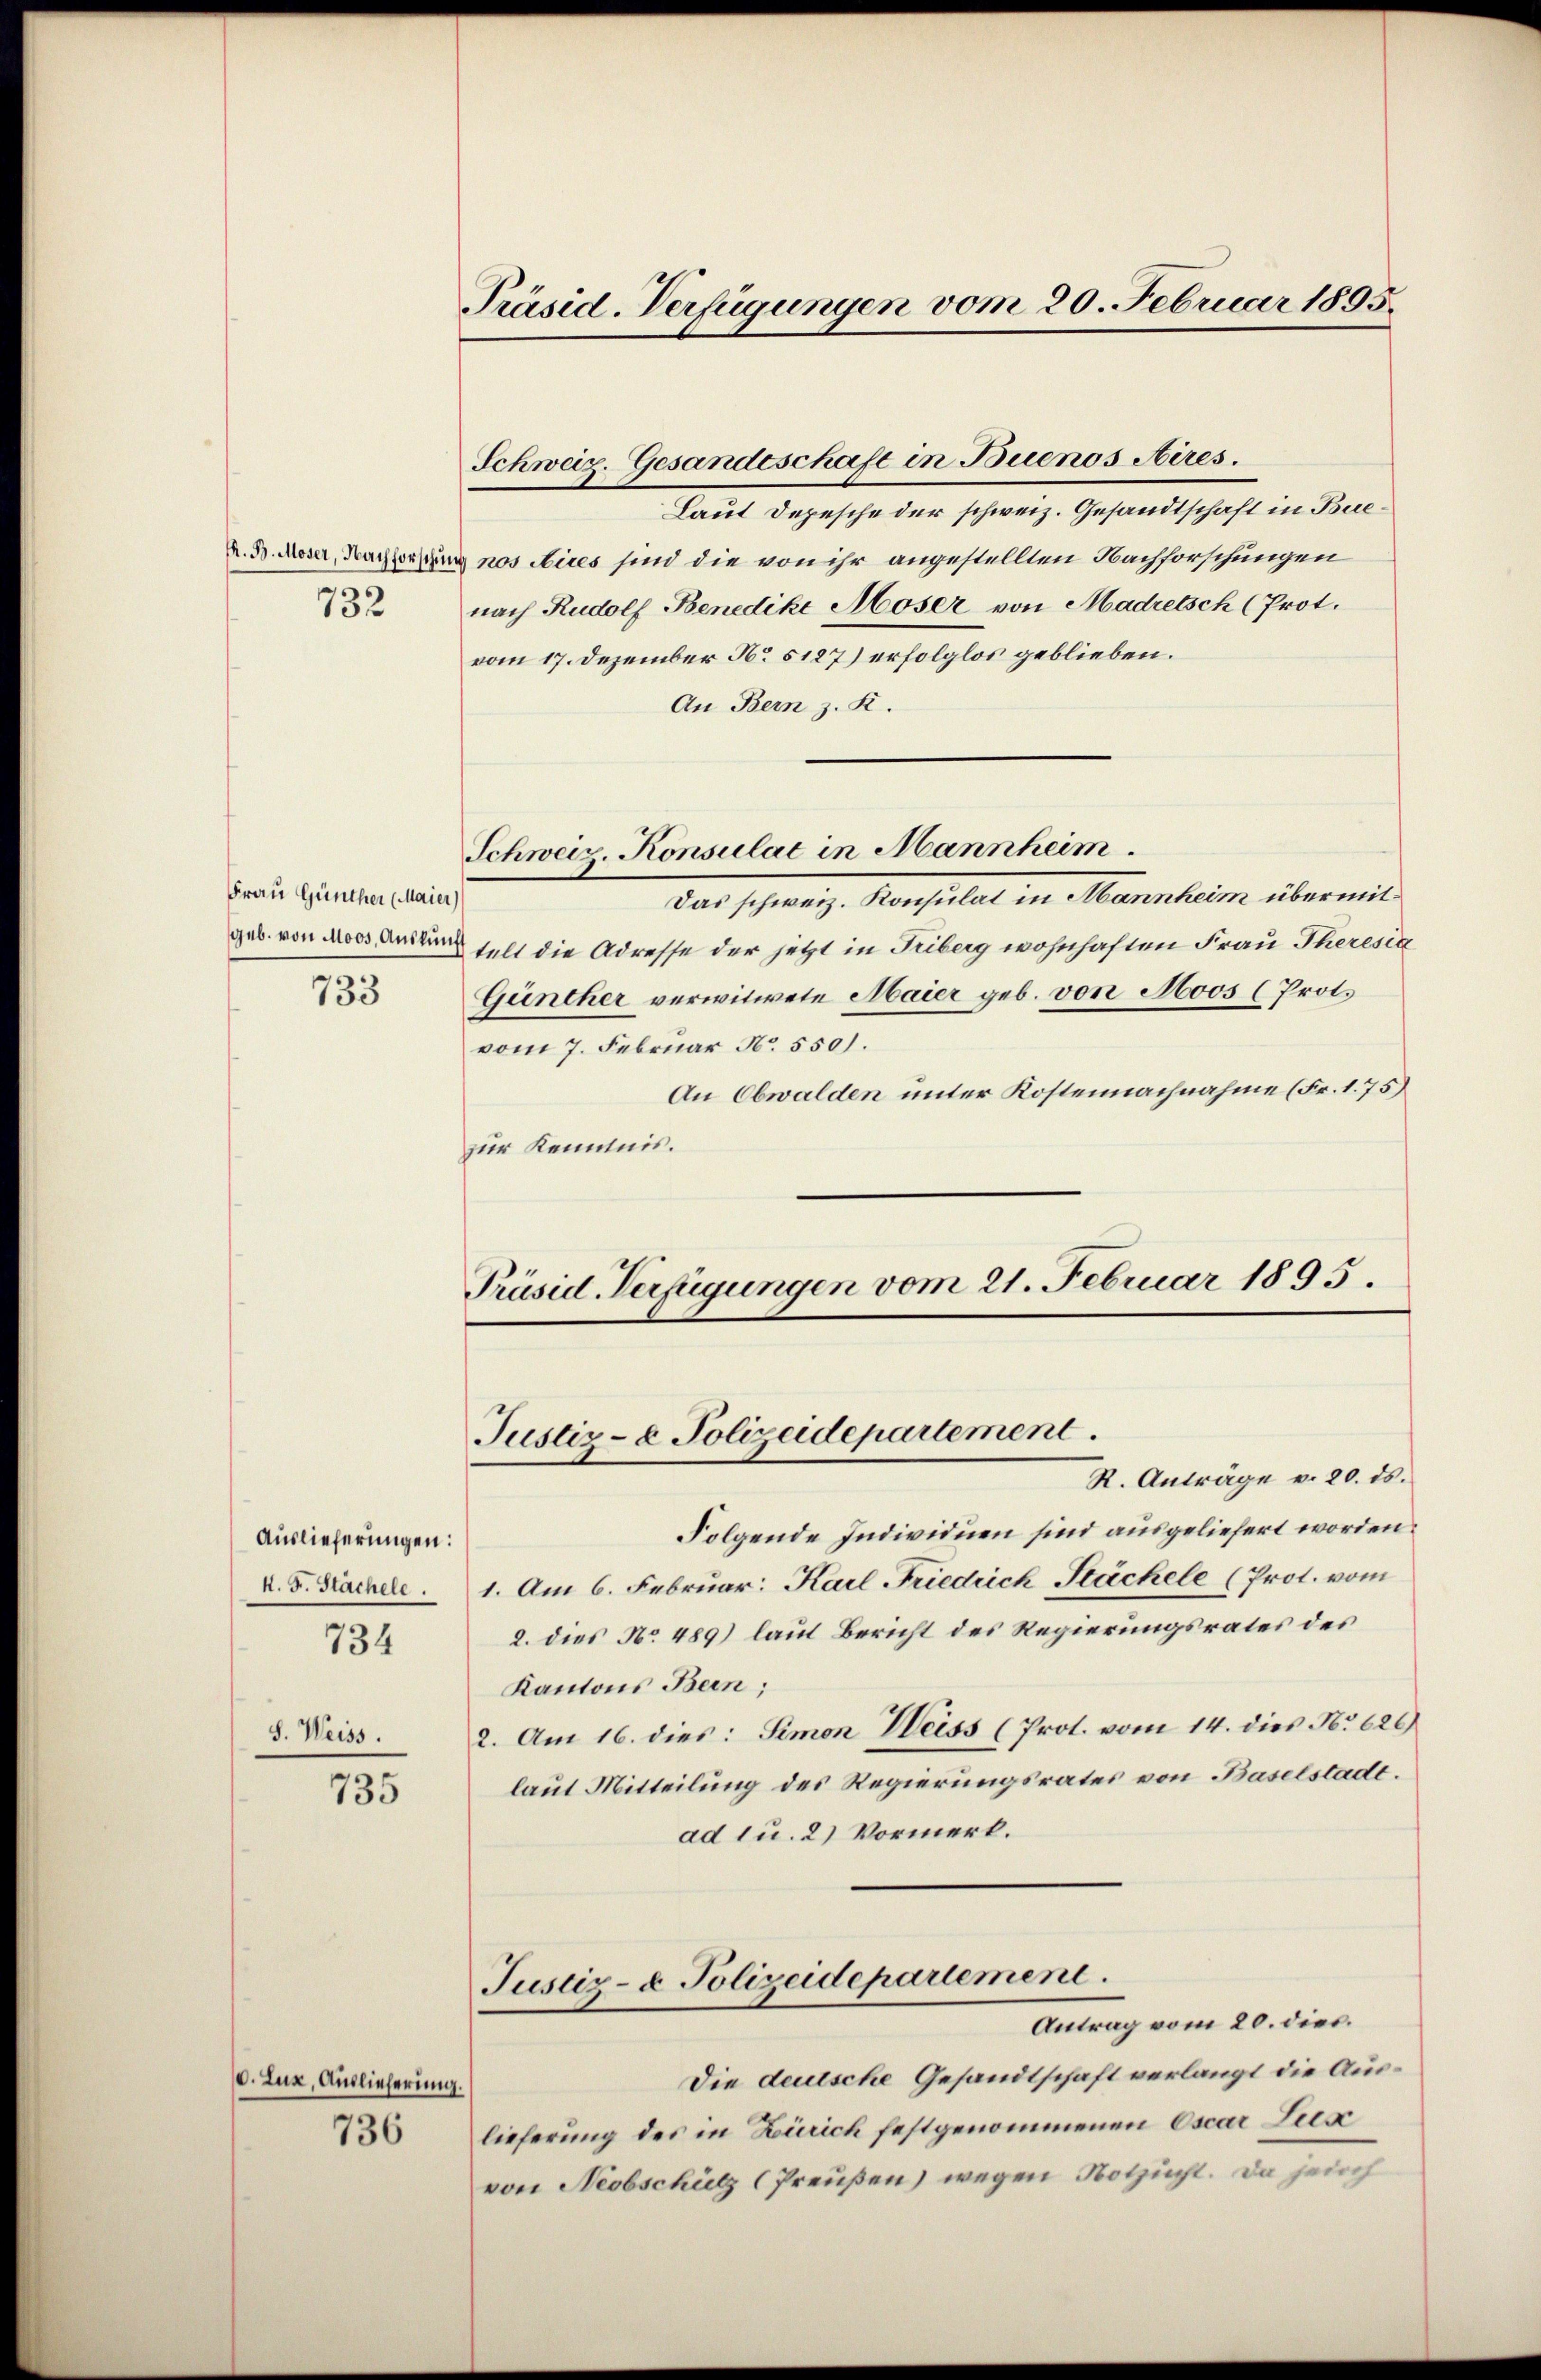
732

Frau Günther (Maier)
733

Auslieferungen:
N. F. Stächele.
734
S. Weiss.

735

. Lux, Auslieferung.

736

Präsid. Verfügungen vom 20. Februar 1895.

Schweiz. Gesandtschaft in Buenos Aires.
Laut Depesche der schweiz. Gesandtschaft in Bue¬
K. H. Moser, Besorgung nos Aires sind die von ihr angestellten Nachforschungen
nach Rudolf Benedike Moser von Madretsch (Prot.
vom 17. Dezember No 5127) erfolglos geblieben.
An Bern z. K.
das spraniz. Konsulat in Mannheim übermit
geb. von des Anton selt die Adresse der jetzt in Triberg wohnhaften Frau Theresig
Günther verwitwete Maier geb. von Moos (Prot.
vom 7. Februar No. 550.
An Obwalden unter Kostennachnahme (Fr. 1. 75)
zur Kenntnis.
Präsid. Verfügungen vom 21. Februar 1895.

Schweiz. Konsulat in Mannheim.

Justiz- & Polizeidepartement.
R. Anträge v. 20. ds.

Folgende Individuen sind ausgeliefert worden.
1. Am 6. Februar: Karl Friedrich Stächele (Prot. vom
2. dies No 489) laut Bericht des Regierungsrates des
Kantons Bern;
2. Am 16. dies: Simon Weiss (Prot. vom 14. dies No 626
laut Mitteilung des Regierungsrates von Baselstadt.
ad u. 2) Vormerk.
Justiz- & Polizeidepariement.
Antrag vom 20. dies
Die dausche Gesandtschaft verlangt die Auslieferung des in Zürich festgenommenen Oscar Lex
von Neobschütz (Preußen) wegen Notzucht. Da jedoch